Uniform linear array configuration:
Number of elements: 24
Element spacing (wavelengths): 0.75
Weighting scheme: binomial
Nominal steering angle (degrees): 0
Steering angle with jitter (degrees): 0.9215
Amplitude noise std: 0.05
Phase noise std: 0.05

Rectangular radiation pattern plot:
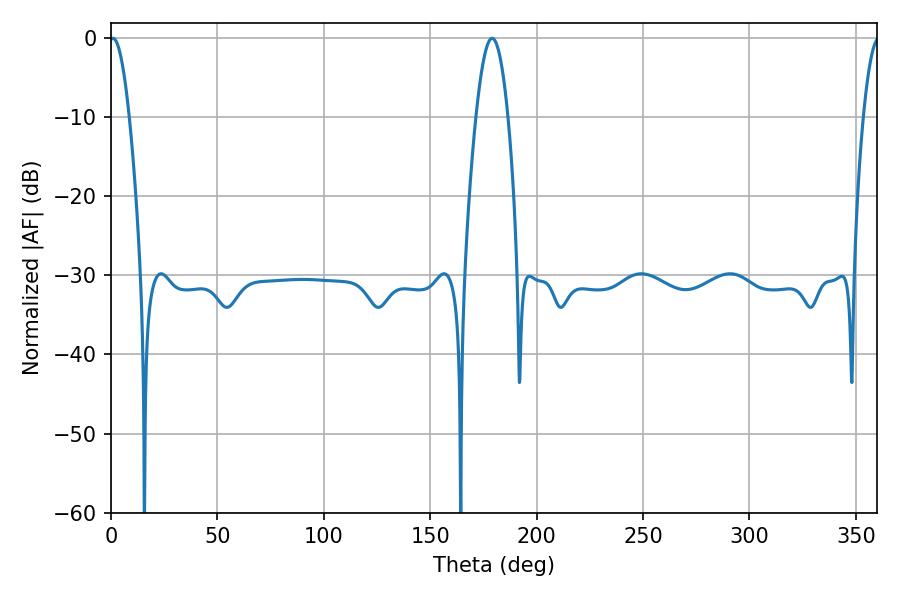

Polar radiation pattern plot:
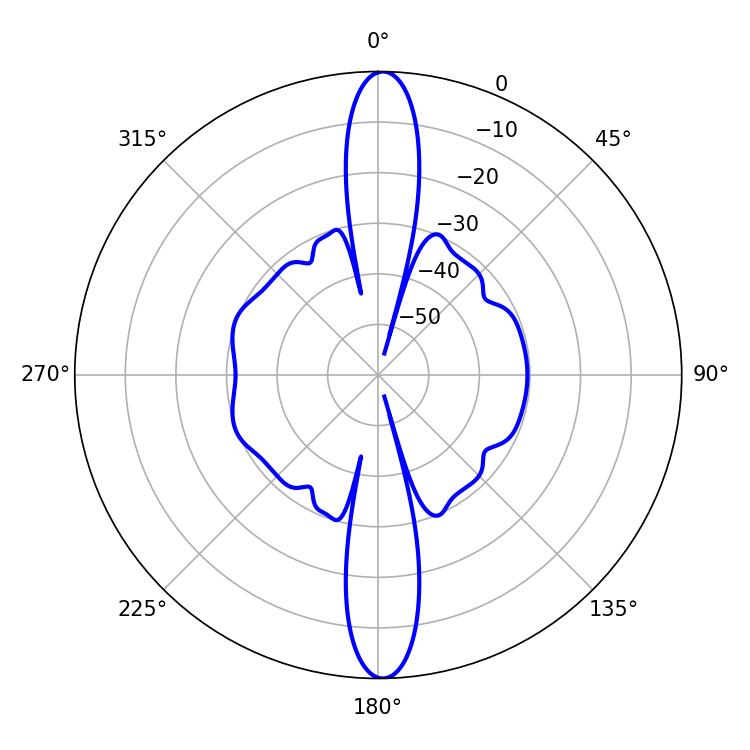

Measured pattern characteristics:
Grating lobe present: TRUE
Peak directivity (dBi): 25.844
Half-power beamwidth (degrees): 5.04
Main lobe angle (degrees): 0.9